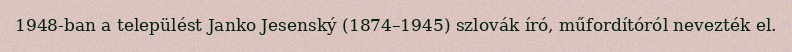
1948-ban a települést Janko Jesenský (1874–1945) szlovák író, műfordítóról nevezték el.